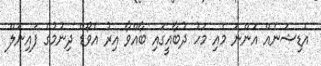
އެޑިޝަނެއް އަންނަ މެއި މަހު ދުބާއީގައި ބާއްވާ އިރު އެވޯޑް ދިނުމުގެ ފައިނަލް